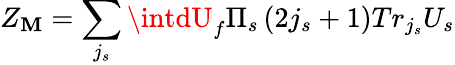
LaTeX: Z_{\mathbf{M}}=\sum_{j_{s}}\intdU_{f}\Pi_{s}\left(2j_{s}+1\right)Tr_{j_{s}}U_{s}